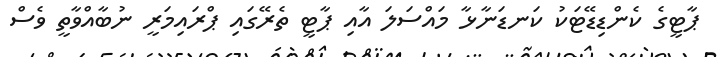
ޕާޓީގެ ކެންޑިޑޭޓަކު ކަނޑަނާޅާ މައްސަލަ އާއި ޕާޓީ ތެރޭގައި ޕްރައިމަރީ ނުބާއްވާތީ ވެސް